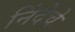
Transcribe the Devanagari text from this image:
निंदेचे